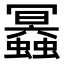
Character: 𧔲